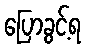
ပြောခွင့်ရ